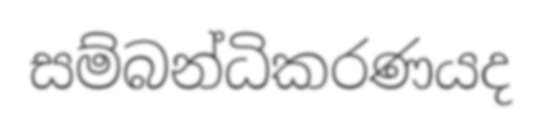
සම්බන්ධිකරණයද